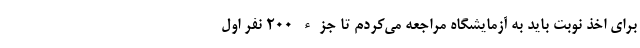
برای اخذ نوبت باید به آزمایشگاه مراجعه می‌کردم تا جزء ۲۰۰ نفر اول